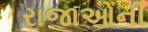
રાજાઓની